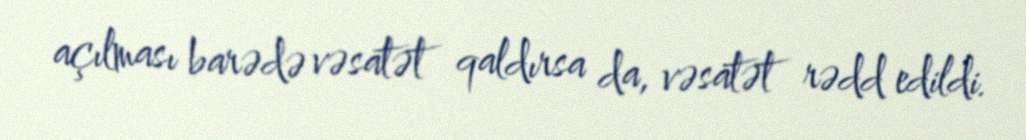
açılması barədə vəsatət qaldırsa da, vəsatət rədd edildi.